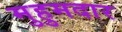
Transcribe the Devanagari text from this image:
मुहुमदार